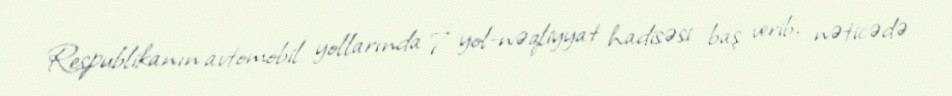
Respublikanın avtomobil yollarında 7 yol-nəqliyyat hadisəsi baş verib, nəticədə